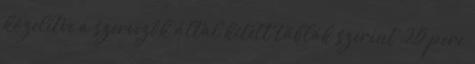
közelítve a szervezők által kitett táblák szerint 25 perc